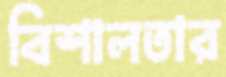
বিশালতার